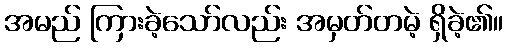
အမည် ကြားခဲ့သော်လည်း အမှတ်တမဲ့ ရှိခဲ့၏။